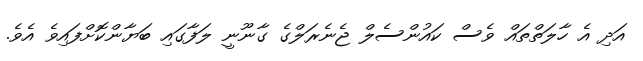
އަދި އެ ހާލަތްތައް ވެސް ކައުންސެލް ޖެނެރަލްގެ ގާނޫނީ ލަފާގައި ބަޔާންކޮށްފައިވެ އެވެ.